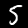
Digit: 5